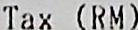
TAX (RM)